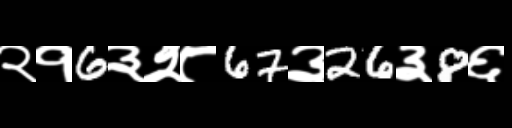
Text: २१6३२८67३26३8६